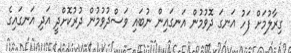
ގިރާލުމަށް ފަހު އަނގަ ދޮވުމުން އަނގައިން ނުބައި ވަސްދުވުމުން ދުރުކޮށްދީ އަދި އަނގައިގެ